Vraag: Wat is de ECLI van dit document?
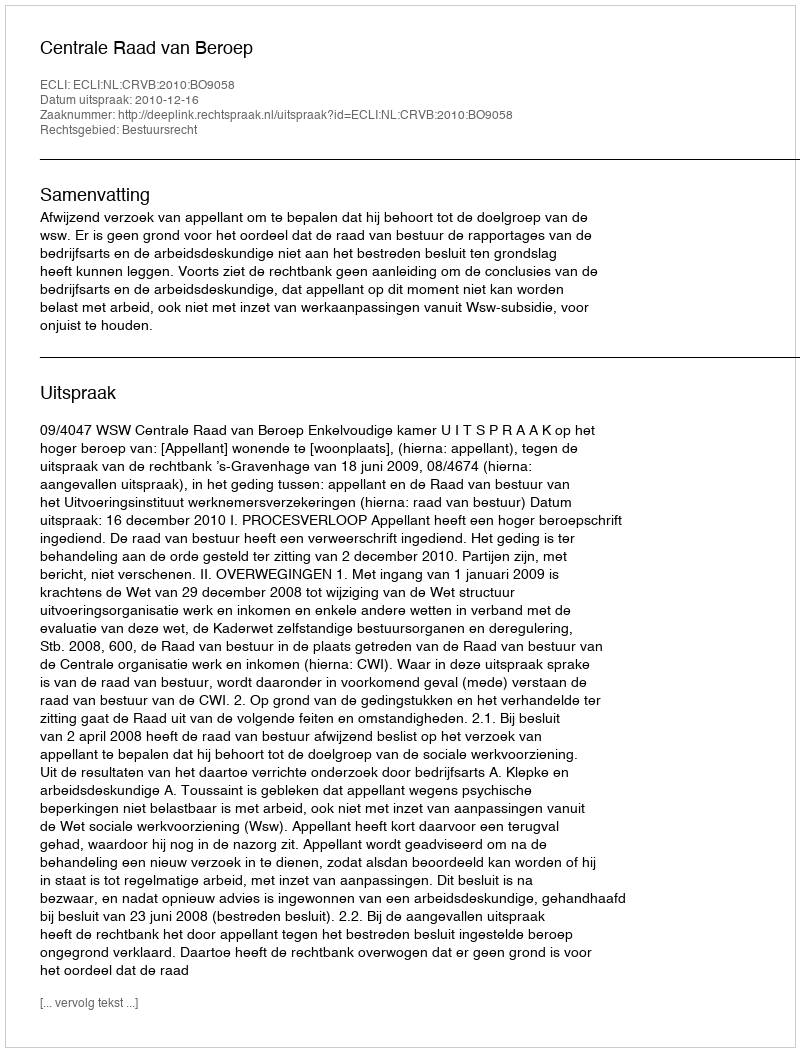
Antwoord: ECLI:NL:CRVB:2010:BO9058